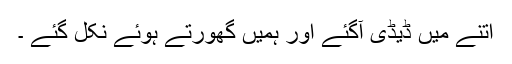
اتنے میں ڈیڈی آگئے اور ہمیں گھورتے ہوئے نکل گئے ۔